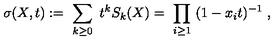
\sigma ( X , t ) : = \ \sum _ { k \geq 0 } \ t ^ { k } S _ { k } ( X ) = \ \prod _ { i \geq 1 } \ ( 1 - x _ { i } t ) ^ { - 1 } \ ,